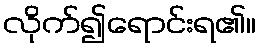
လိုက်၍ရောင်းရ၏။